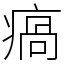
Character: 瘑